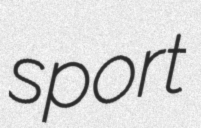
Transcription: sport